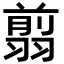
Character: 翦